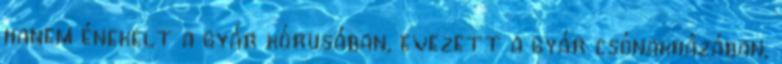
hanem énekelt a gyár kórusában, evezett a gyár csónakházában,